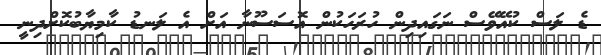
ޑެ ލަސް ކުއޭވޭސް ނަގައިދިން ހުރަހަކުން އޮސަސޫނާ އަށް އެ ލަނޑު ކާމިޔާބުކޮށްދިނީ